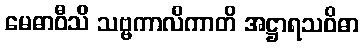
မေဓာဝီသိ သဗ္ဗကာလိကာတိ အဋ္ဌာရသဝိဓာ